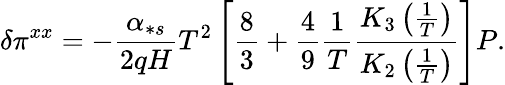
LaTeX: \delta\pi^{xx}=-\frac{\alpha_{\ast s}}{2qH}T^{2}\left[\frac{8}{3}+\frac{4}{9}\frac{1}{T}\frac{K_{3}\left(\frac{1}{T}\right)}{K_{2}\left(\frac{1}{T}\right)}\right]P.